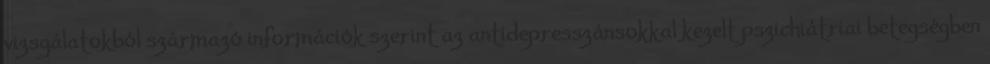
vizsgálatokból származó információk szerint az antidepresszánsokkal kezelt pszichiátriai betegségben